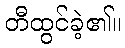
တီထွင်ခဲ့၏။